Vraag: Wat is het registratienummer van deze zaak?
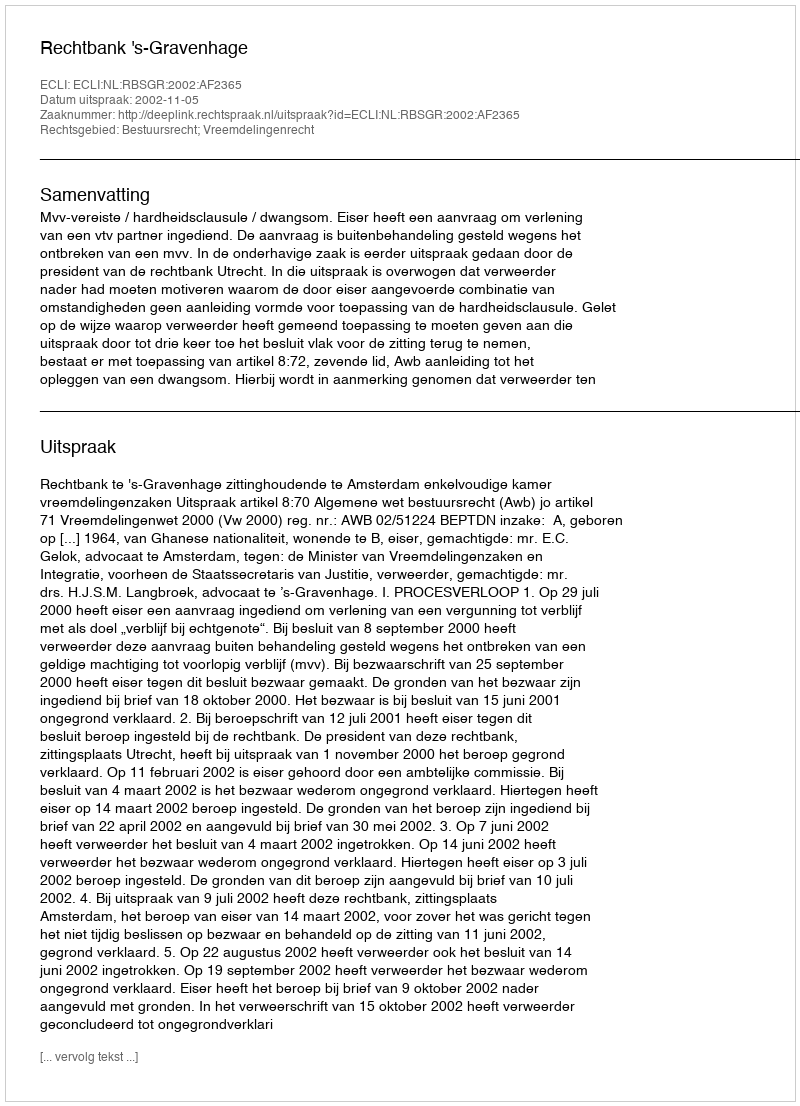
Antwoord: http://deeplink.rechtspraak.nl/uitspraak?id=ECLI:NL:RBSGR:2002:AF2365